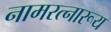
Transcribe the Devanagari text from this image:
नामरत्नारूय